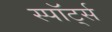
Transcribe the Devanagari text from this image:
स्पॉर्ट्स